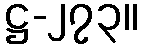
ဋ္ဌ-၂၇၃။